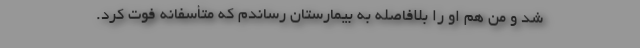
شد و من هم او را بلافاصله به بیمارستان رساندم که متأسفانه فوت کرد.